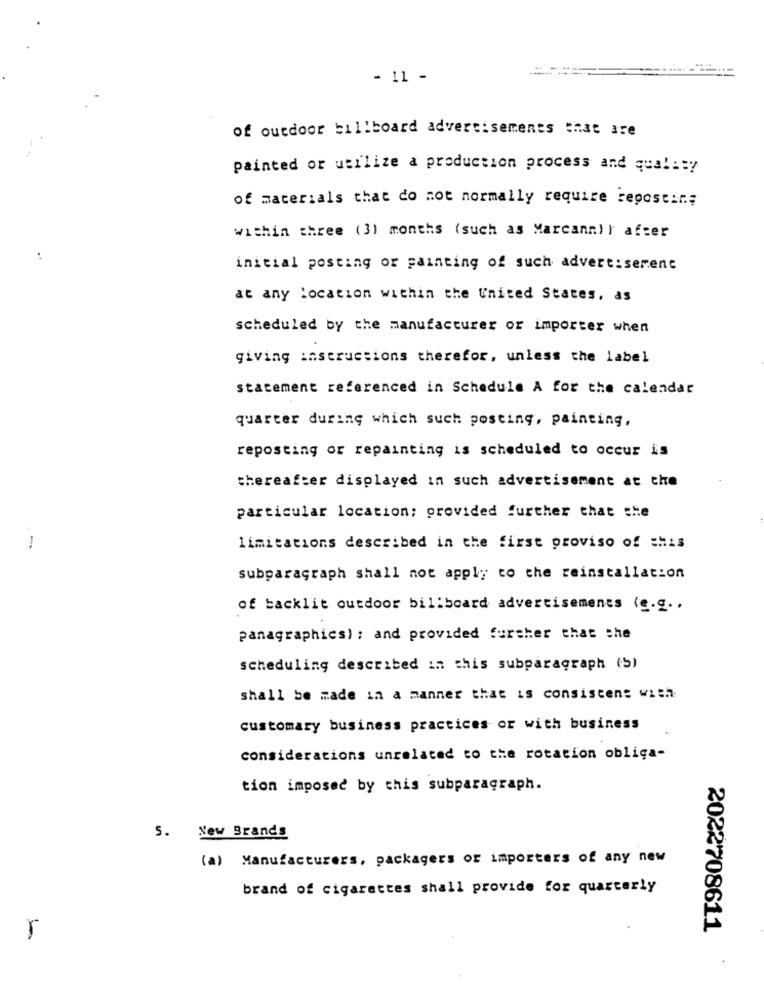
- 11 -
of outdoor billboard advertisements that are
painted or utilize a production process and quality
of materials that do not normally require repostar;
within three (31 months (such as Marcann)} after
initial posting or painting of such advert:serenc
at any Location within the United States, as
scheduled by the manufacturer or importer when
giving instructions therefor, unless the label
statement referenced in Schedule A for the calendar
quarter during which such posting, painting,
reposting or repainting is scheduled to occur is
thereafter displayed in such advertisement at the
particular location; provided further that she
limitations described in the first proviso of =his
subparagraph shall not apply to the reinstallation
of backlit outdoor billboard advertisements (e.g ..
panagraphics) ; and provided further that the
scheduling described in this subparagraph (5)
shall be made in a manner that is consistent with
customary business practices or with business
considerations unrelated to the rotation obliga-
tion imposed by this subparagraph.
5. New Brands
(a) Manufacturers, packagers or importers of any new
brand of cigarettes shall provide for quarterly
2022708611
-